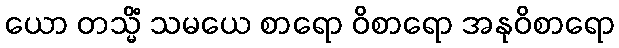
ယော တသ္မိံ သမယေ စာရော ဝိစာရော အနုဝိစာရော